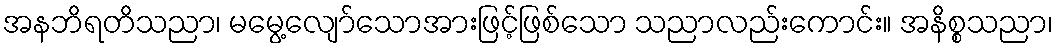
အနဘိရတိသညာ၊ မမွေ့လျော်သောအားဖြင့်ဖြစ်သော သညာလည်းကောင်း။ အနိစ္စသညာ၊